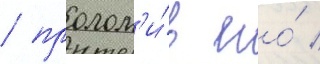
/ пролом'и́в его́ /